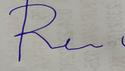
Signature authenticity: forged